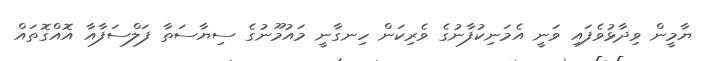
ޔާމީން ވިދާޅުވެފައި ވަނީ އެމަނިކުފާނުގެ ވެރިކަން ހިނގާނީ މައުމޫނުގެ ސިޔާސަތާ ފަލްސަފާއާ އޮއްގޮތައް